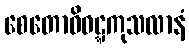
စေတောဝိဝဋ္ဋကုသလာနံ